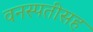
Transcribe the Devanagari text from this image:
वनस्पतीसह